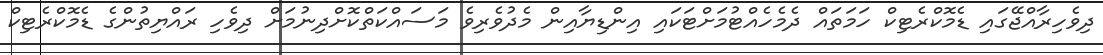
ދިވެހިރާއްޖޭގައި ޑެމޮކްރެޓިކް ހަމަތައް ދެމެހެއްޓުމަށްޓަކައި އިންޑިޔާއިން މެދުވެރިވެ މަސައްކަތްކޮށްދިނުމަށް ދިވެހި ރައްޔިތުންގެ ޑެމޮކްރެޓިކް